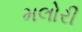
મલોરી